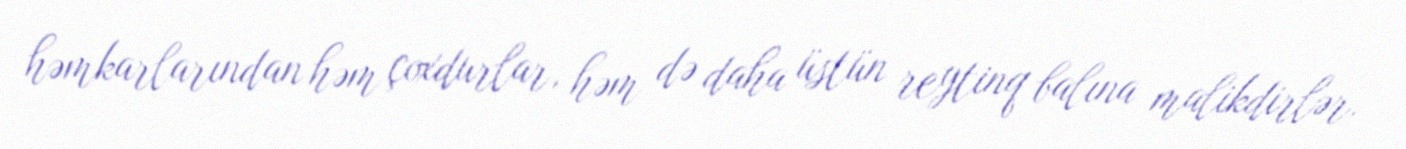
həmkarlarından həm çoxdurlar, həm də daha üstün reytinq balına malikdirlər.